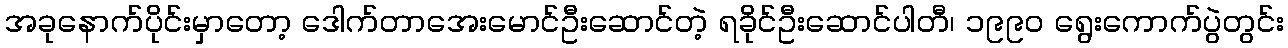
အခုနောက်ပိုင်းမှာတော့ ဒေါက်တာအေးမောင်ဦးဆောင်တဲ့ ရခိုင်ဦးဆောင်ပါတီ၊ ၁၉၉၀ ရွေးကောက်ပွဲတွင်း